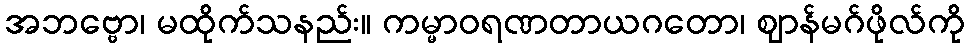
အဘဗ္ဗော၊ မထိုက်သနည်း။ ကမ္မာဝရဏတာယဂတော၊ ဈာန်မဂ်ဖိုလ်ကို